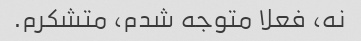
نه، فعلا متوجه شدم، متشکرم.